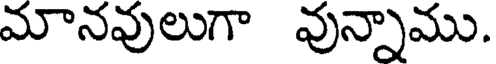
మానవులుగా వున్నాము.